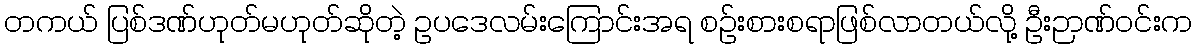
တကယ် ပြစ်ဒဏ်ဟုတ်မဟုတ်ဆိုတဲ့ ဥပဒေလမ်းကြောင်းအရ စဉ်းစားစရာဖြစ်လာတယ်လို့ ဦးဉာဏ်ဝင်းက